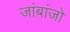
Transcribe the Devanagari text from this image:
जांबांजो